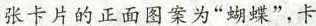
张卡片的正面图案为”蝴蝶”，卡